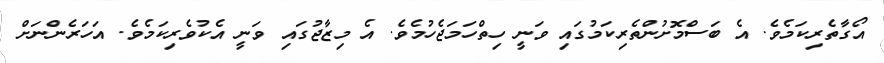
އޯގާތެރިކަމެވެ. އެ ބަސްމޮށުންތެރިކަމުގައި ވަނީ ހިތްހަމަޖެހުމެވެ. އެ މިޒާޖުގައި ވަނީ އެކުވެރިކަމެވެ. އަހަރެންނަށް